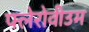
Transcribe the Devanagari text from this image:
फ्लेरोवीउम